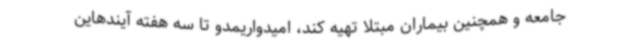
جامعه و همچنین بیماران مبتلا تهیه کند، امیدواریمدو تا سه هفته آیندهاین